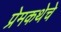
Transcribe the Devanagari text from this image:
प्रेमकथेचे